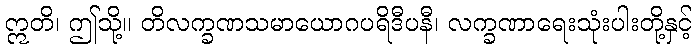
ဣတိ၊ ဤသို့။ တိလက္ခဏသမာယောဂပရိဒီပနီ၊ လက္ခဏာရေးသုံးပါးတို့နှင့်